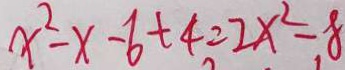
x ^ { 2 } - x - 6 + 4 = 2 x ^ { 2 } - 8